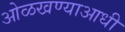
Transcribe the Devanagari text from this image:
ओळखण्याआधी